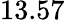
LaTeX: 13.57